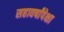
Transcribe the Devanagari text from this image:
सहावर्षांपेक्षा